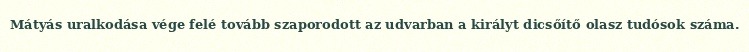
Mátyás uralkodása vége felé tovább szaporodott az udvarban a királyt dicsőítő olasz tudósok száma.